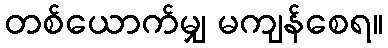
တစ်ယောက်မျှ မကျန်စေရ။